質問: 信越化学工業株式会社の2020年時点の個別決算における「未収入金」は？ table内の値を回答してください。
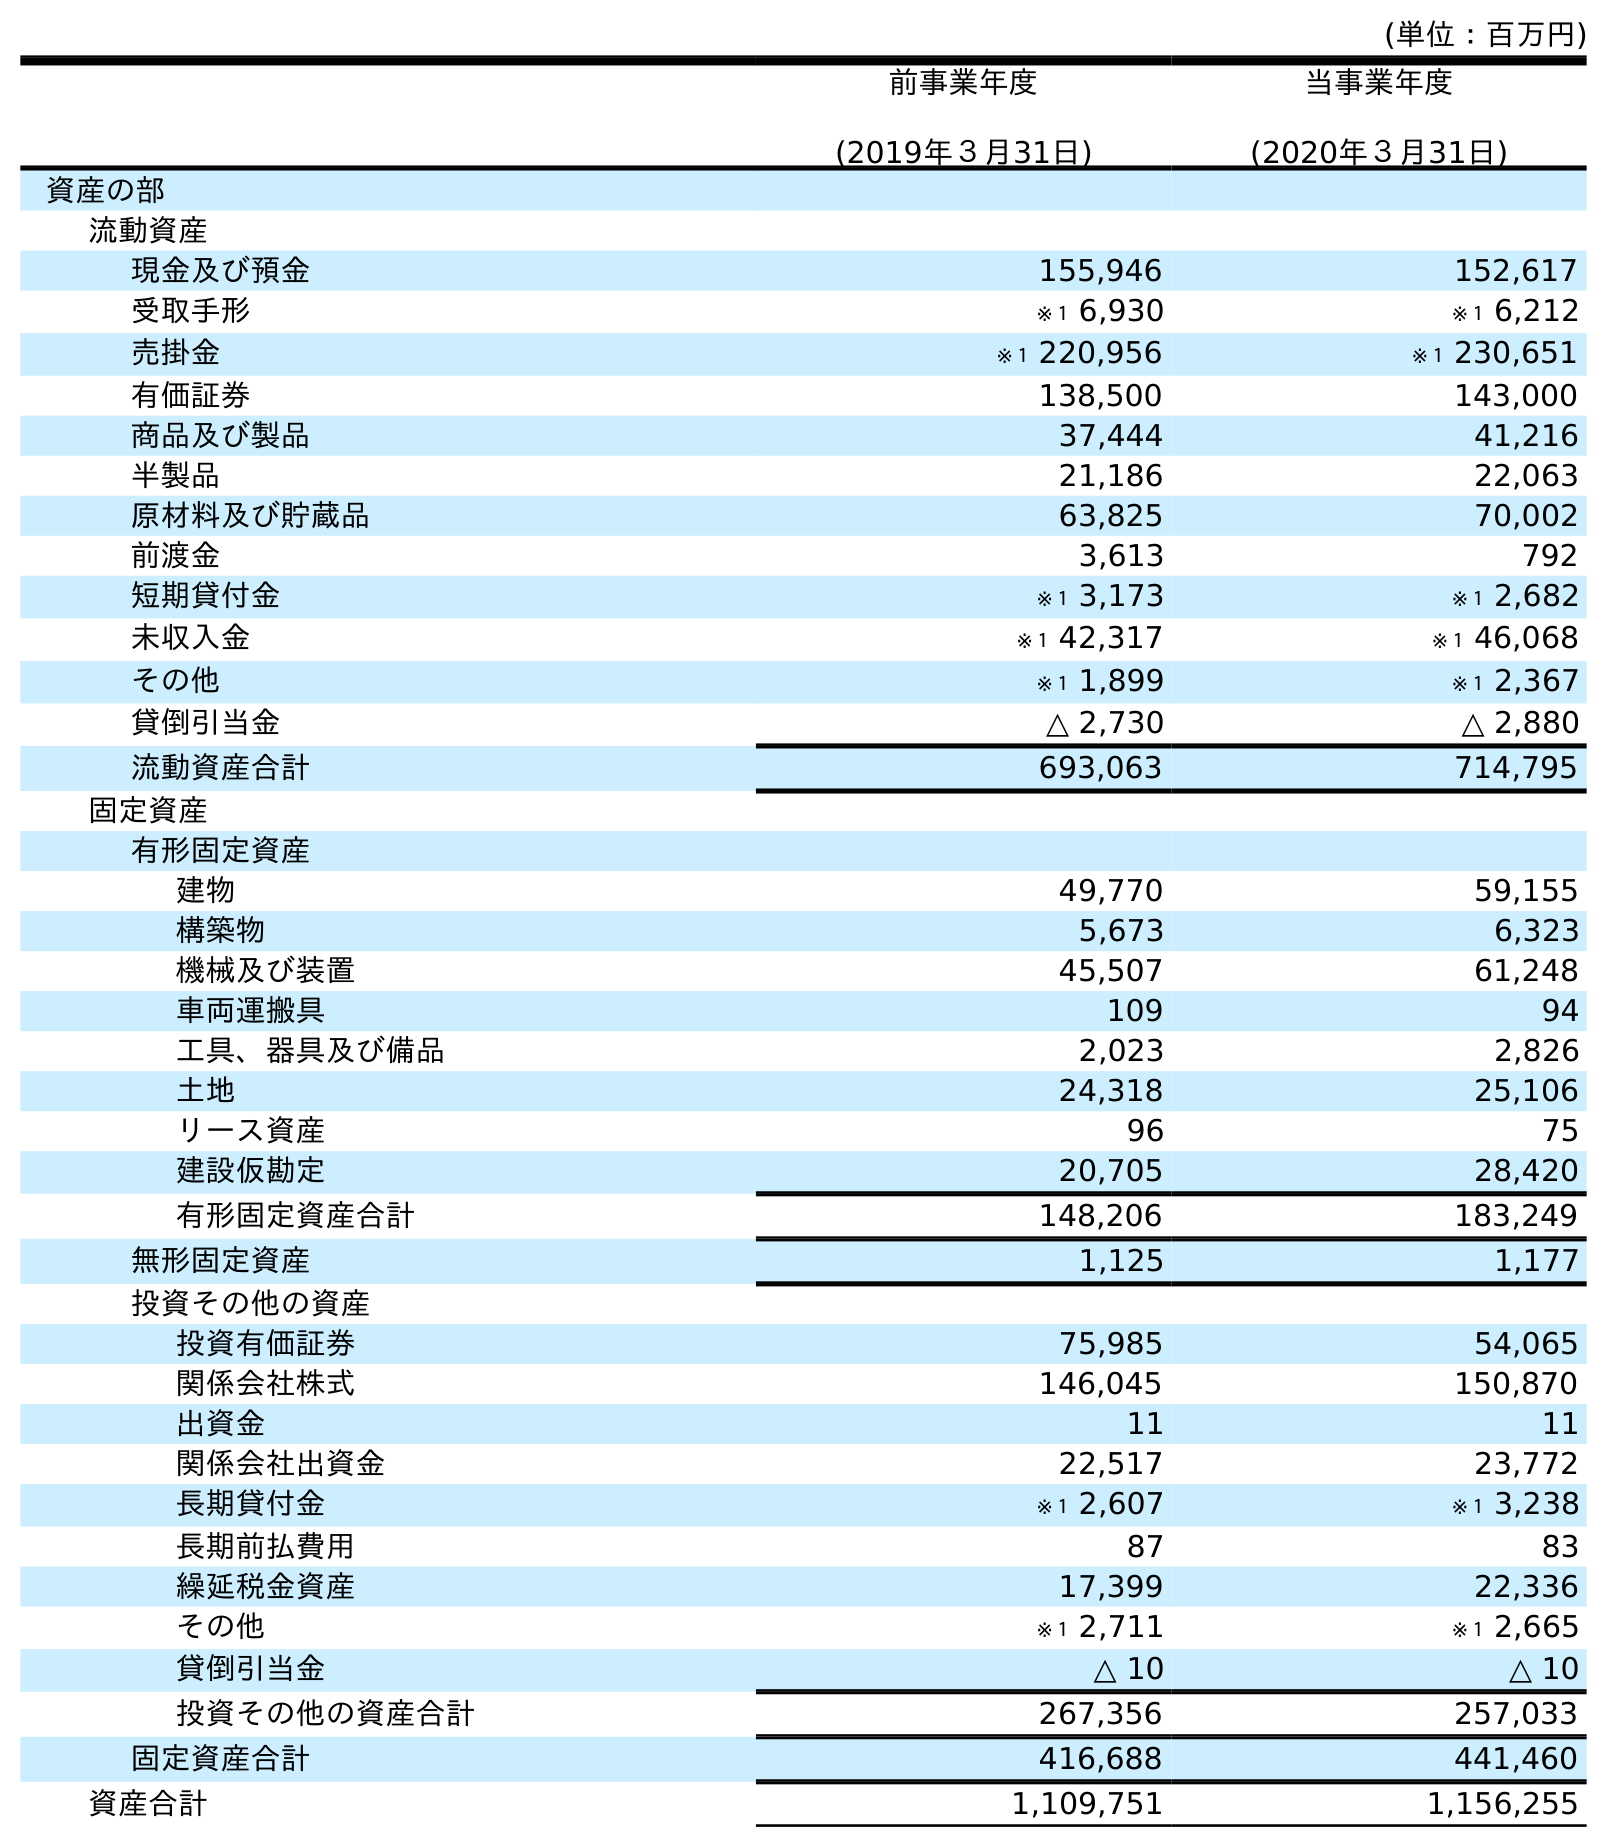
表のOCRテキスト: (単位：百万円) 前事業年度 (2019年３月31日) 当事業年度 (2020年３月31日) 資産の部 流動資産 現金及び預金 155,946 152,617 受取手形 ※１ 6,930 ※１ 6,212 売掛金 ※１ 220,956 ※１ 230,651 有価証券 138,500 143,000 商品及び製品 37,444 41,216 半製品 21,186 22,063 原材料及び貯蔵品 63,825 70,002 前渡金 3,613 792 短期貸付金 ※１ 3,173 ※１ 2,682 未収入金 ※１ 42,317 ※１ 46,068 その他 ※１ 1,899 ※１ 2,367 貸倒引当金 △ 2,730 △ 2,880 流動資産合計 693,063 714,795 固定資産 有形固定資産 建物 49,770 59,155 構築物 5,673 6,323 機械及び装置 45,507 61,248 車両運搬具 109 94 工具、器具及び備品 2,023 2,826 土地 24,318 25,106 リース資産 96 75 建設仮勘定 20,705 28,420 有形固定資産合計 148,206 183,249 無形固定資産 1,125 1,177 投資その他の資産 投資有価証券 75,985 54,065 関係会社株式 146,045 150,870 出資金 11 11 関係会社出資金 22,517 23,772 長期貸付金 ※１ 2,607 ※１ 3,238 長期前払費用 87 83 繰延税金資産 17,399 22,336 その他 ※１ 2,711 ※１ 2,665 貸倒引当金 △ 10 △ 10 投資その他の資産合計 267,356 257,033 固定資産合計 416,688 441,460 資産合計 1,109,751 1,156,255
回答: ※１46,068